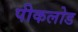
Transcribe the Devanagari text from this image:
पीकलोड